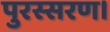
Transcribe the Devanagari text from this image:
पुरस्सरण।